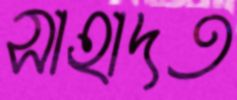
সাহাদত